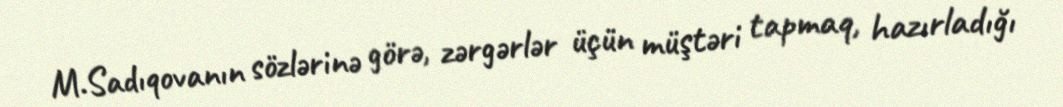
M.Sadıqovanın sözlərinə görə, zərgərlər üçün müştəri tapmaq, hazırladığı